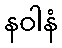
နဝါနံ